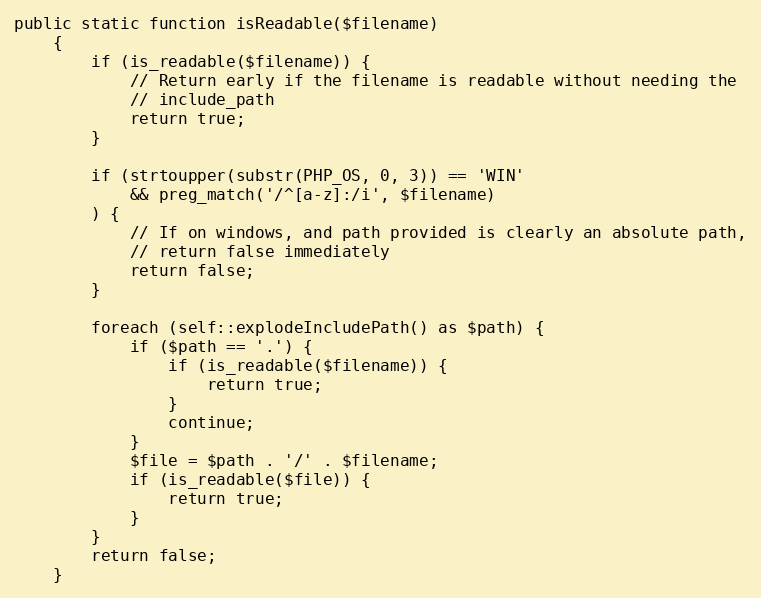
Language: PHP
public static function isReadable($filename)
    {
        if (is_readable($filename)) {
            // Return early if the filename is readable without needing the
            // include_path
            return true;
        }

        if (strtoupper(substr(PHP_OS, 0, 3)) == 'WIN'
            && preg_match('/^[a-z]:/i', $filename)
        ) {
            // If on windows, and path provided is clearly an absolute path,
            // return false immediately
            return false;
        }

        foreach (self::explodeIncludePath() as $path) {
            if ($path == '.') {
                if (is_readable($filename)) {
                    return true;
                }
                continue;
            }
            $file = $path . '/' . $filename;
            if (is_readable($file)) {
                return true;
            }
        }
        return false;
    }